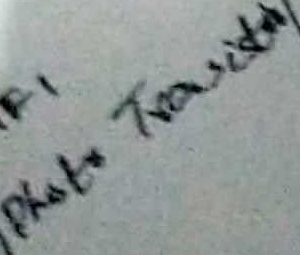
Text: Photo Transistor